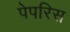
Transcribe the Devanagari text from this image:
पेपरिस